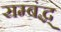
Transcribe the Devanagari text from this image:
सम्बंद्ध्